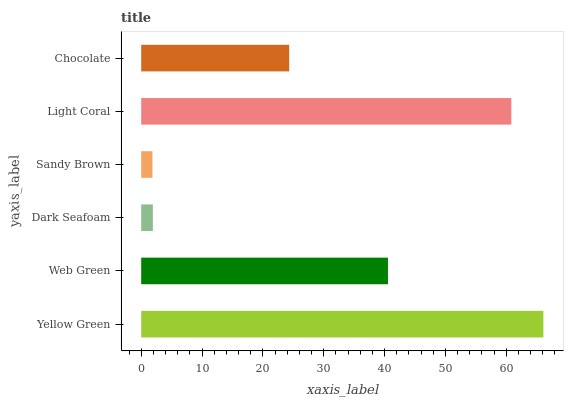
| yaxis_label | bars |
 | --- | --- |
 | Yellow Green | 66.1 |
 | Web Green | 40.6 |
 | Dark Seafoam | 1.92 |
 | Sandy Brown | 1.85 |
 | Light Coral | 60.8 |
 | Chocolate | 24.3 |